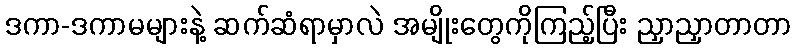
ဒကာ-ဒကာမများနဲ့ ဆက်ဆံရာမှာလဲ အမျိုးတွေကိုကြည့်ပြီး ညှာညှာတာတာ